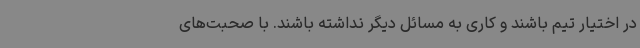
در اختیار تیم باشند و کاری به مسائل دیگر نداشته باشند. با صحبت‌های